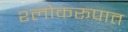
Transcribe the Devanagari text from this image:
श्लोकरूपात